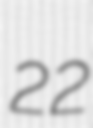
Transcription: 22